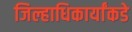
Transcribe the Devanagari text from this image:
जिल्हाधिकार्यांकडे